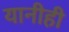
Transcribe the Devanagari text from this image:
यानीही